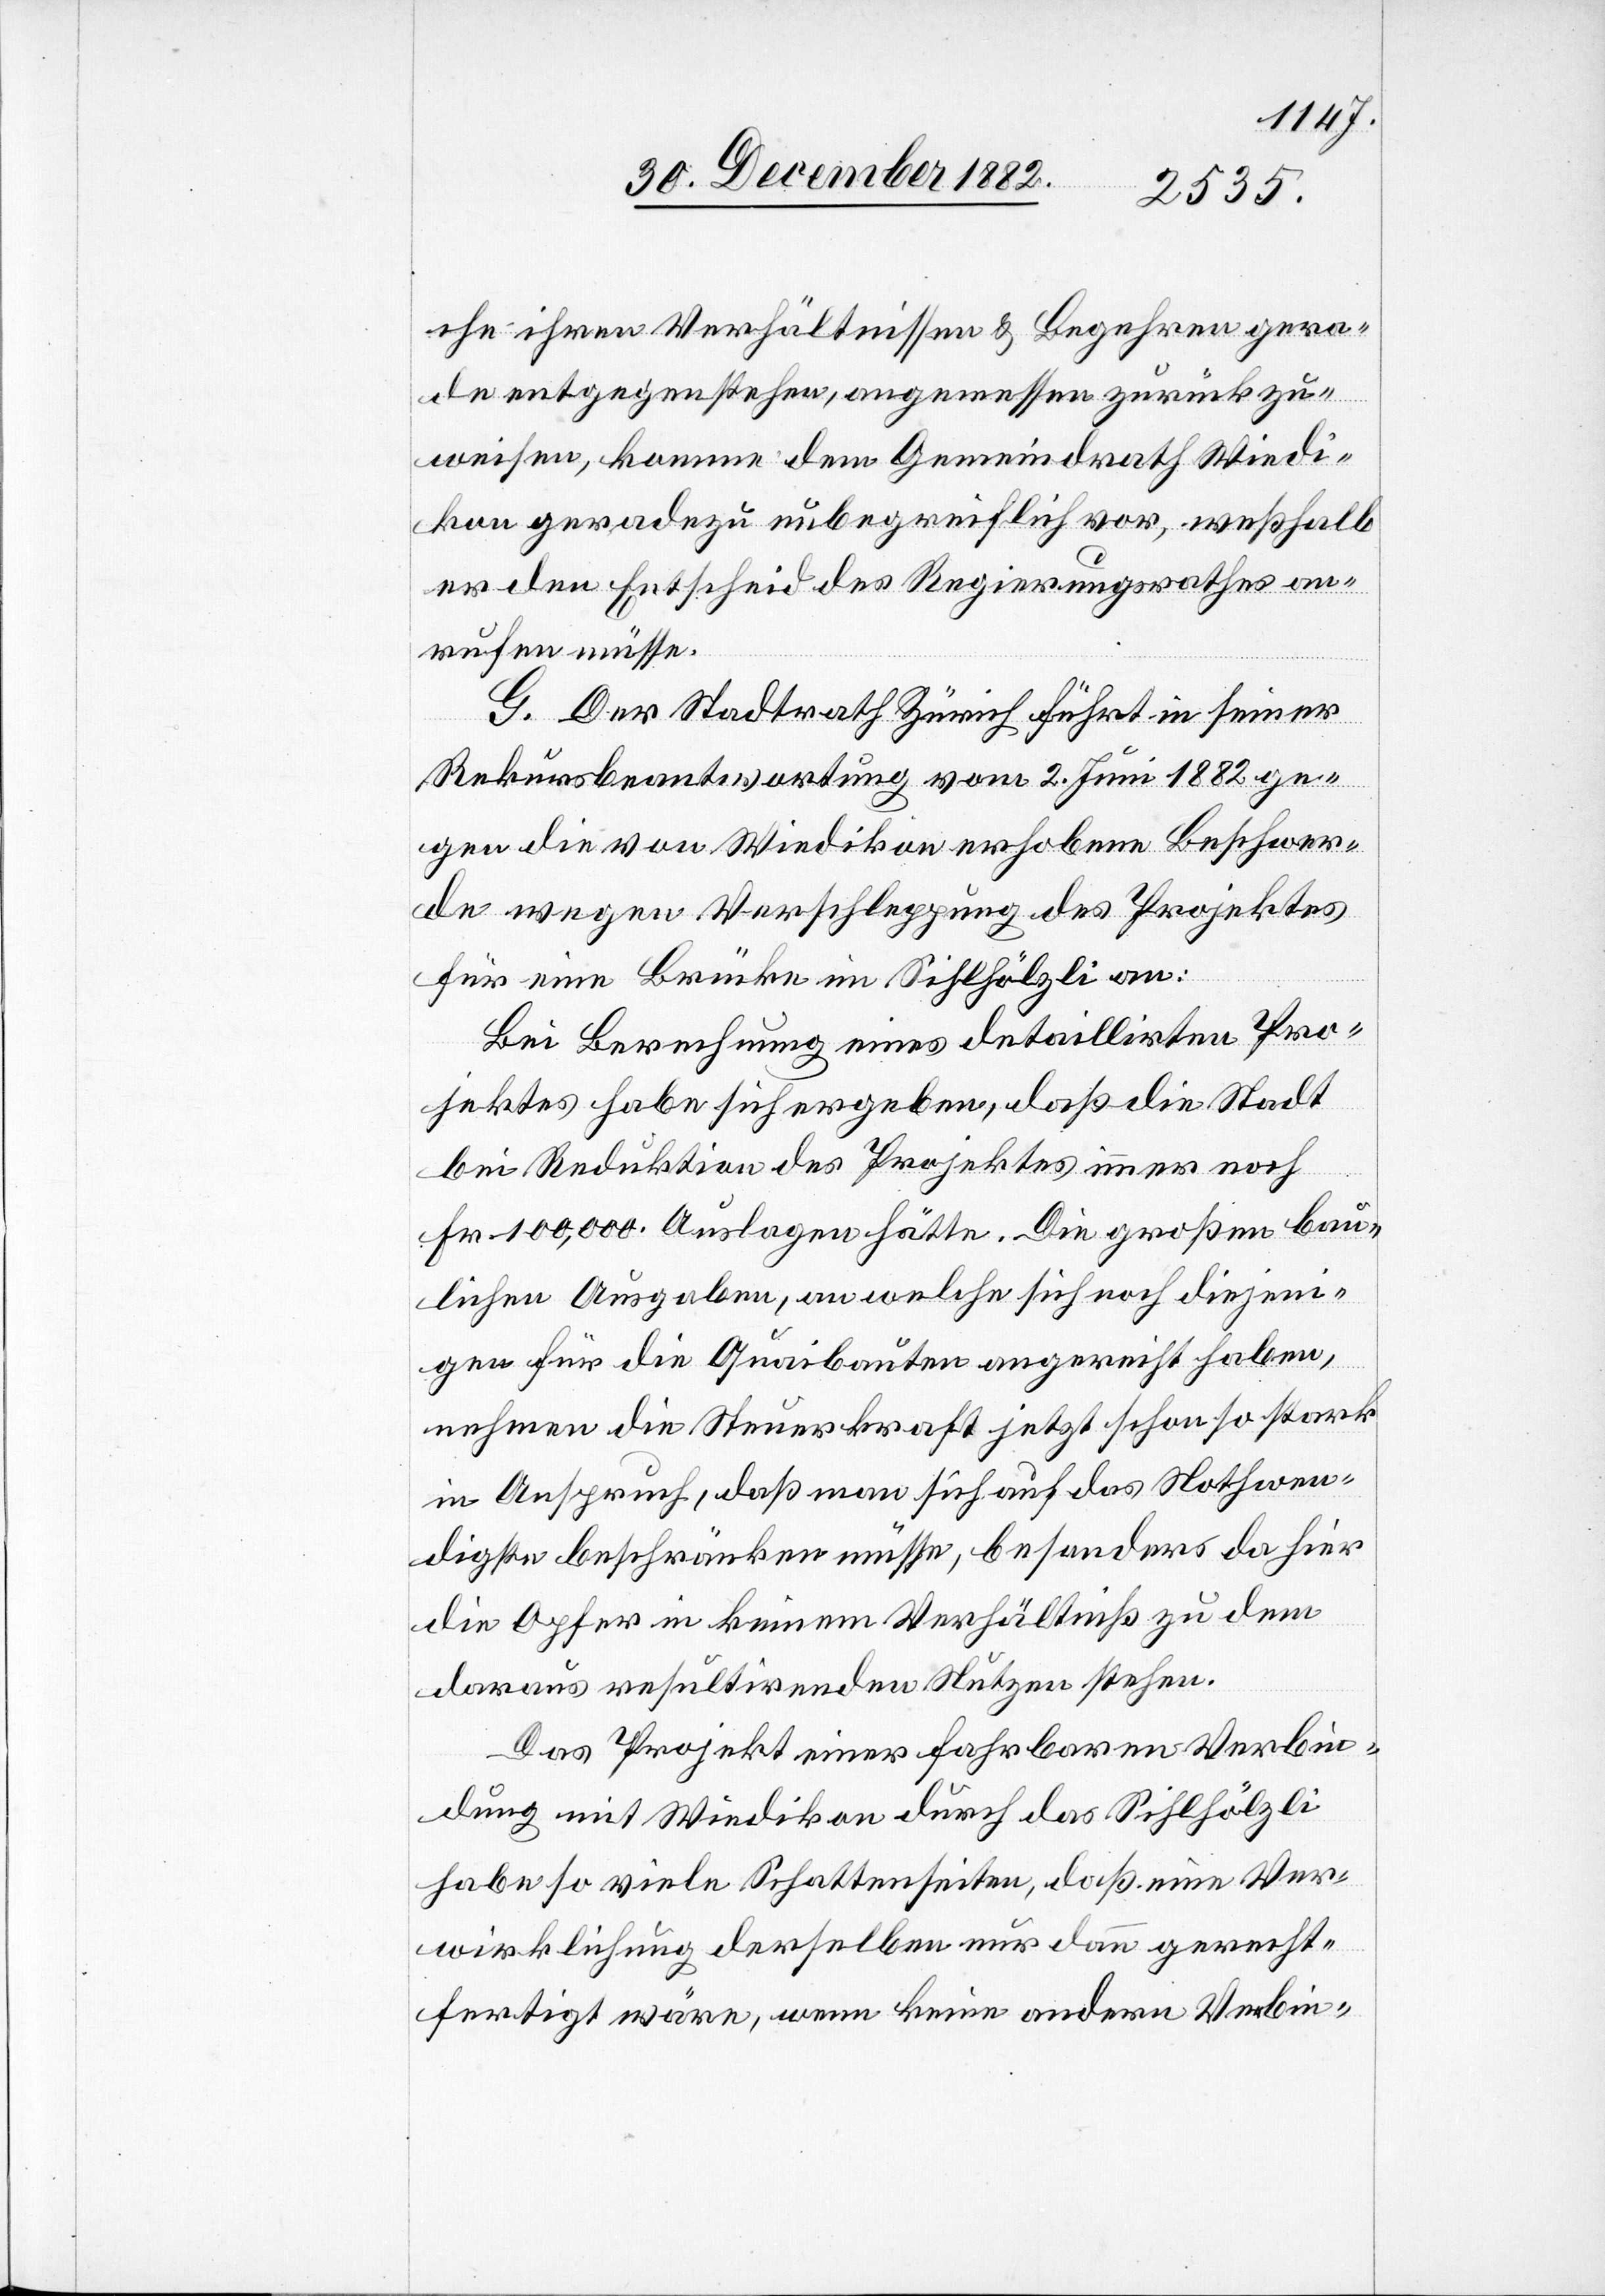
che ihren Verhältnissen & Begehren gera¬
de entgegenstehen, angemessen zurückzu¬
weisen, komme dem Gemeindrath Wiedi¬
kon geradezu unbegreiflich vor, weßhalb
er den Entscheid des Regierungsrathes an¬
rufen müsse.
G. Der Stadtrath Zürich führt in seiner
Rekursbeantwortung vom 2. Juni 1882 ge¬
gen die von Wiedikon erhobene Beschwer¬
de wegen Verschleppung des Projektes
für eine Brücke im Sihlhölzli an:
Bei Berechnung eines detaillirten Pro¬
jektes habe sich ergeben, daß die Stadt
bei Reduktion des Projektes immer noch
Fr. 100,000. Auslagen hätte. Die großen bau¬
lichen Ausgaben, an welche sich noch diejeni¬
gen für die Quaibauten angereiht haben,
nehmen die Steuerkraft jetzt schon so stark
in Anspruch, daß man sich auf das Nothwen¬
digste beschränken müsse, besonderes da hier
die Opfer in keinem Verhältniß zu dem
daraus resultirenden Nutzen stehen.
Das Projekt einer fahrbaren Verbin¬
dung mit Wiedikon durch das Sihlhölzli
habe so viele Schattenseiten, daß eine Ver¬
wirklichung derselben nur dann gerecht¬
fertigt wäre, wenn keine andern Verbin-